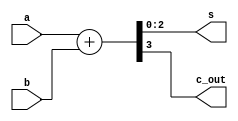
module Adder3Bit(input[2:0] a,input[2:0] b,output[2:0] s,output c_out);
	wire [3:0] result;
	assign result = a + b;
	assign c_out = result[3];
	assign s = result[2:0];
endmodule

module Multiplier3BitStructural(
	input[2:0] a,
	input[2:0] b,
	output[5:0] p);
	// Intermediate products
	wire[2:0] ip0, ip1, ip2;
	and(ip0[0], a[0], b[0]);
	and(ip0[1], a[1], b[0]);
	and(ip0[2], a[2], b[0]);
	and(ip1[0], a[0], b[1]);
	and(ip1[1], a[1], b[1]);
	and(ip1[2], a[2], b[1]);
	and(ip2[0], a[0], b[2]);
	and(ip2[1], a[1], b[2]);
	and(ip2[2], a[2], b[2]);
	// Intermediate sums
	wire[3:0] s0, s1;
	Adder3Bit adder0(ip1, {1'b0, ip0[2], ip0[1]}, s0[2:0], s0[3]);
	Adder3Bit adder1(ip2, s0[3:1], s1[2:0], s1[3]);
	// Result
	assign p[0] = ip0[0];
	assign p[1] = s0[0];
	assign p[2] = s1[0];
	assign p[3] = s1[1];
	assign p[4] = s1[2];
	assign p[5] = s1[3];
endmodule

module Multiplier3BitDataflow(
	input[2:0] a,
	input[2:0] b,
	output[5:0] p);
	assign p = a * b;
endmodule

module Multiplier3BitTest;
	wire[5:0] p;
	reg[2:0] a, b;
	Multiplier3BitStructural multiplier_3_bit(a, b, p);
	initial begin
		$monitor("%d a=%b, b=%b, p=%b", $time, a, b, p);
			#10 a = 2;
			b = 2;
			#10 a = 1;
			b = 5;
			#10 a = 3;
			b = 7;
			#10 a = 8;
			b = 9;
	 end
endmodule